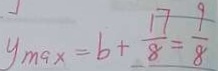
y _ { \max } = b + \frac { 1 7 } { 8 } = \frac { 9 } { 8 }